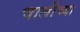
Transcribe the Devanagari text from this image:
चालीच्या